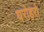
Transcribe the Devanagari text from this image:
धरोहरो